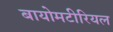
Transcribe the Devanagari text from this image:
बायोमटीरियल